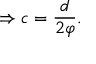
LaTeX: \Rightarrow c = { \frac { d } { 2 \varphi } } .